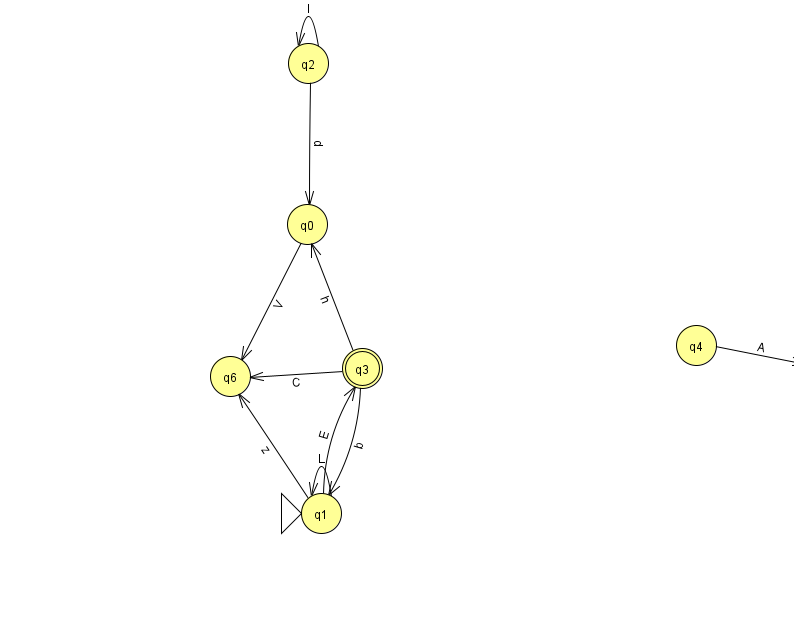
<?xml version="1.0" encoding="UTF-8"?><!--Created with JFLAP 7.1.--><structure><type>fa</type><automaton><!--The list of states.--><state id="0" name="q0"><x>307.0</x><y>211.0</y></state><state id="1" name="q1"><x>321.0</x><y>500.0</y><initial/></state><state id="2" name="q2"><x>308.0</x><y>50.0</y></state><state id="3" name="q3"><x>362.0</x><y>355.0</y><final/></state><state id="4" name="q4"><x>696.0</x><y>332.0</y></state><state id="5" name="q5"><x>824.0</x><y>357.0</y></state><state id="6" name="q6"><x>230.0</x><y>363.0</y></state><!--The list of transitions.--><transition><from>0</from><to>6</to><read>V</read></transition><transition><from>1</from><to>6</to><read>z</read></transition><transition><from>5</from><to>5</to><read>q</read></transition><transition><from>2</from><to>0</to><read>p</read></transition><transition><from>3</from><to>6</to><read>C</read></transition><transition><from>3</from><to>0</to><read>h</read></transition><transition><from>1</from><to>3</to><read>E</read></transition><transition><from>2</from><to>2</to><read>I</read></transition><transition><from>1</from><to>1</to><read>L</read></transition><transition><from>3</from><to>1</to><read>b</read></transition><transition><from>4</from><to>5</to><read>A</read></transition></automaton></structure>